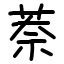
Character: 萘